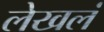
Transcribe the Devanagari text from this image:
लेखलं